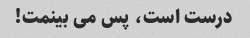
درست است، پس می بینمت!